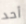
أحد